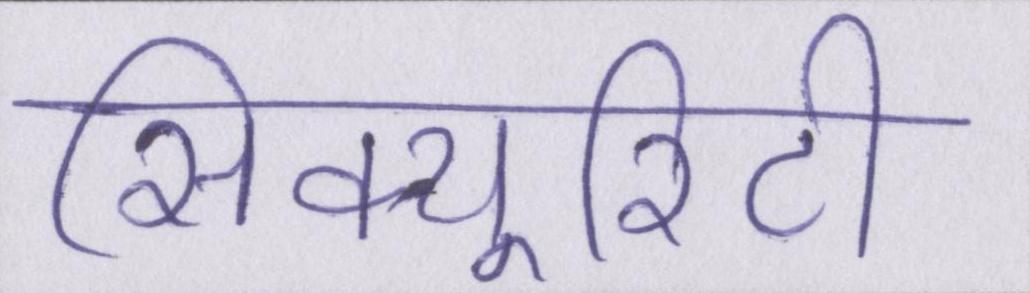
सिक्यूरिटी